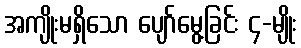
အကျိုးမရှိသော ပျော်မွေ့ခြင်း ၄-မျိုး